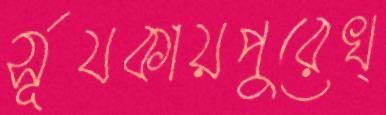
র্সূযকায়পুরেখ্